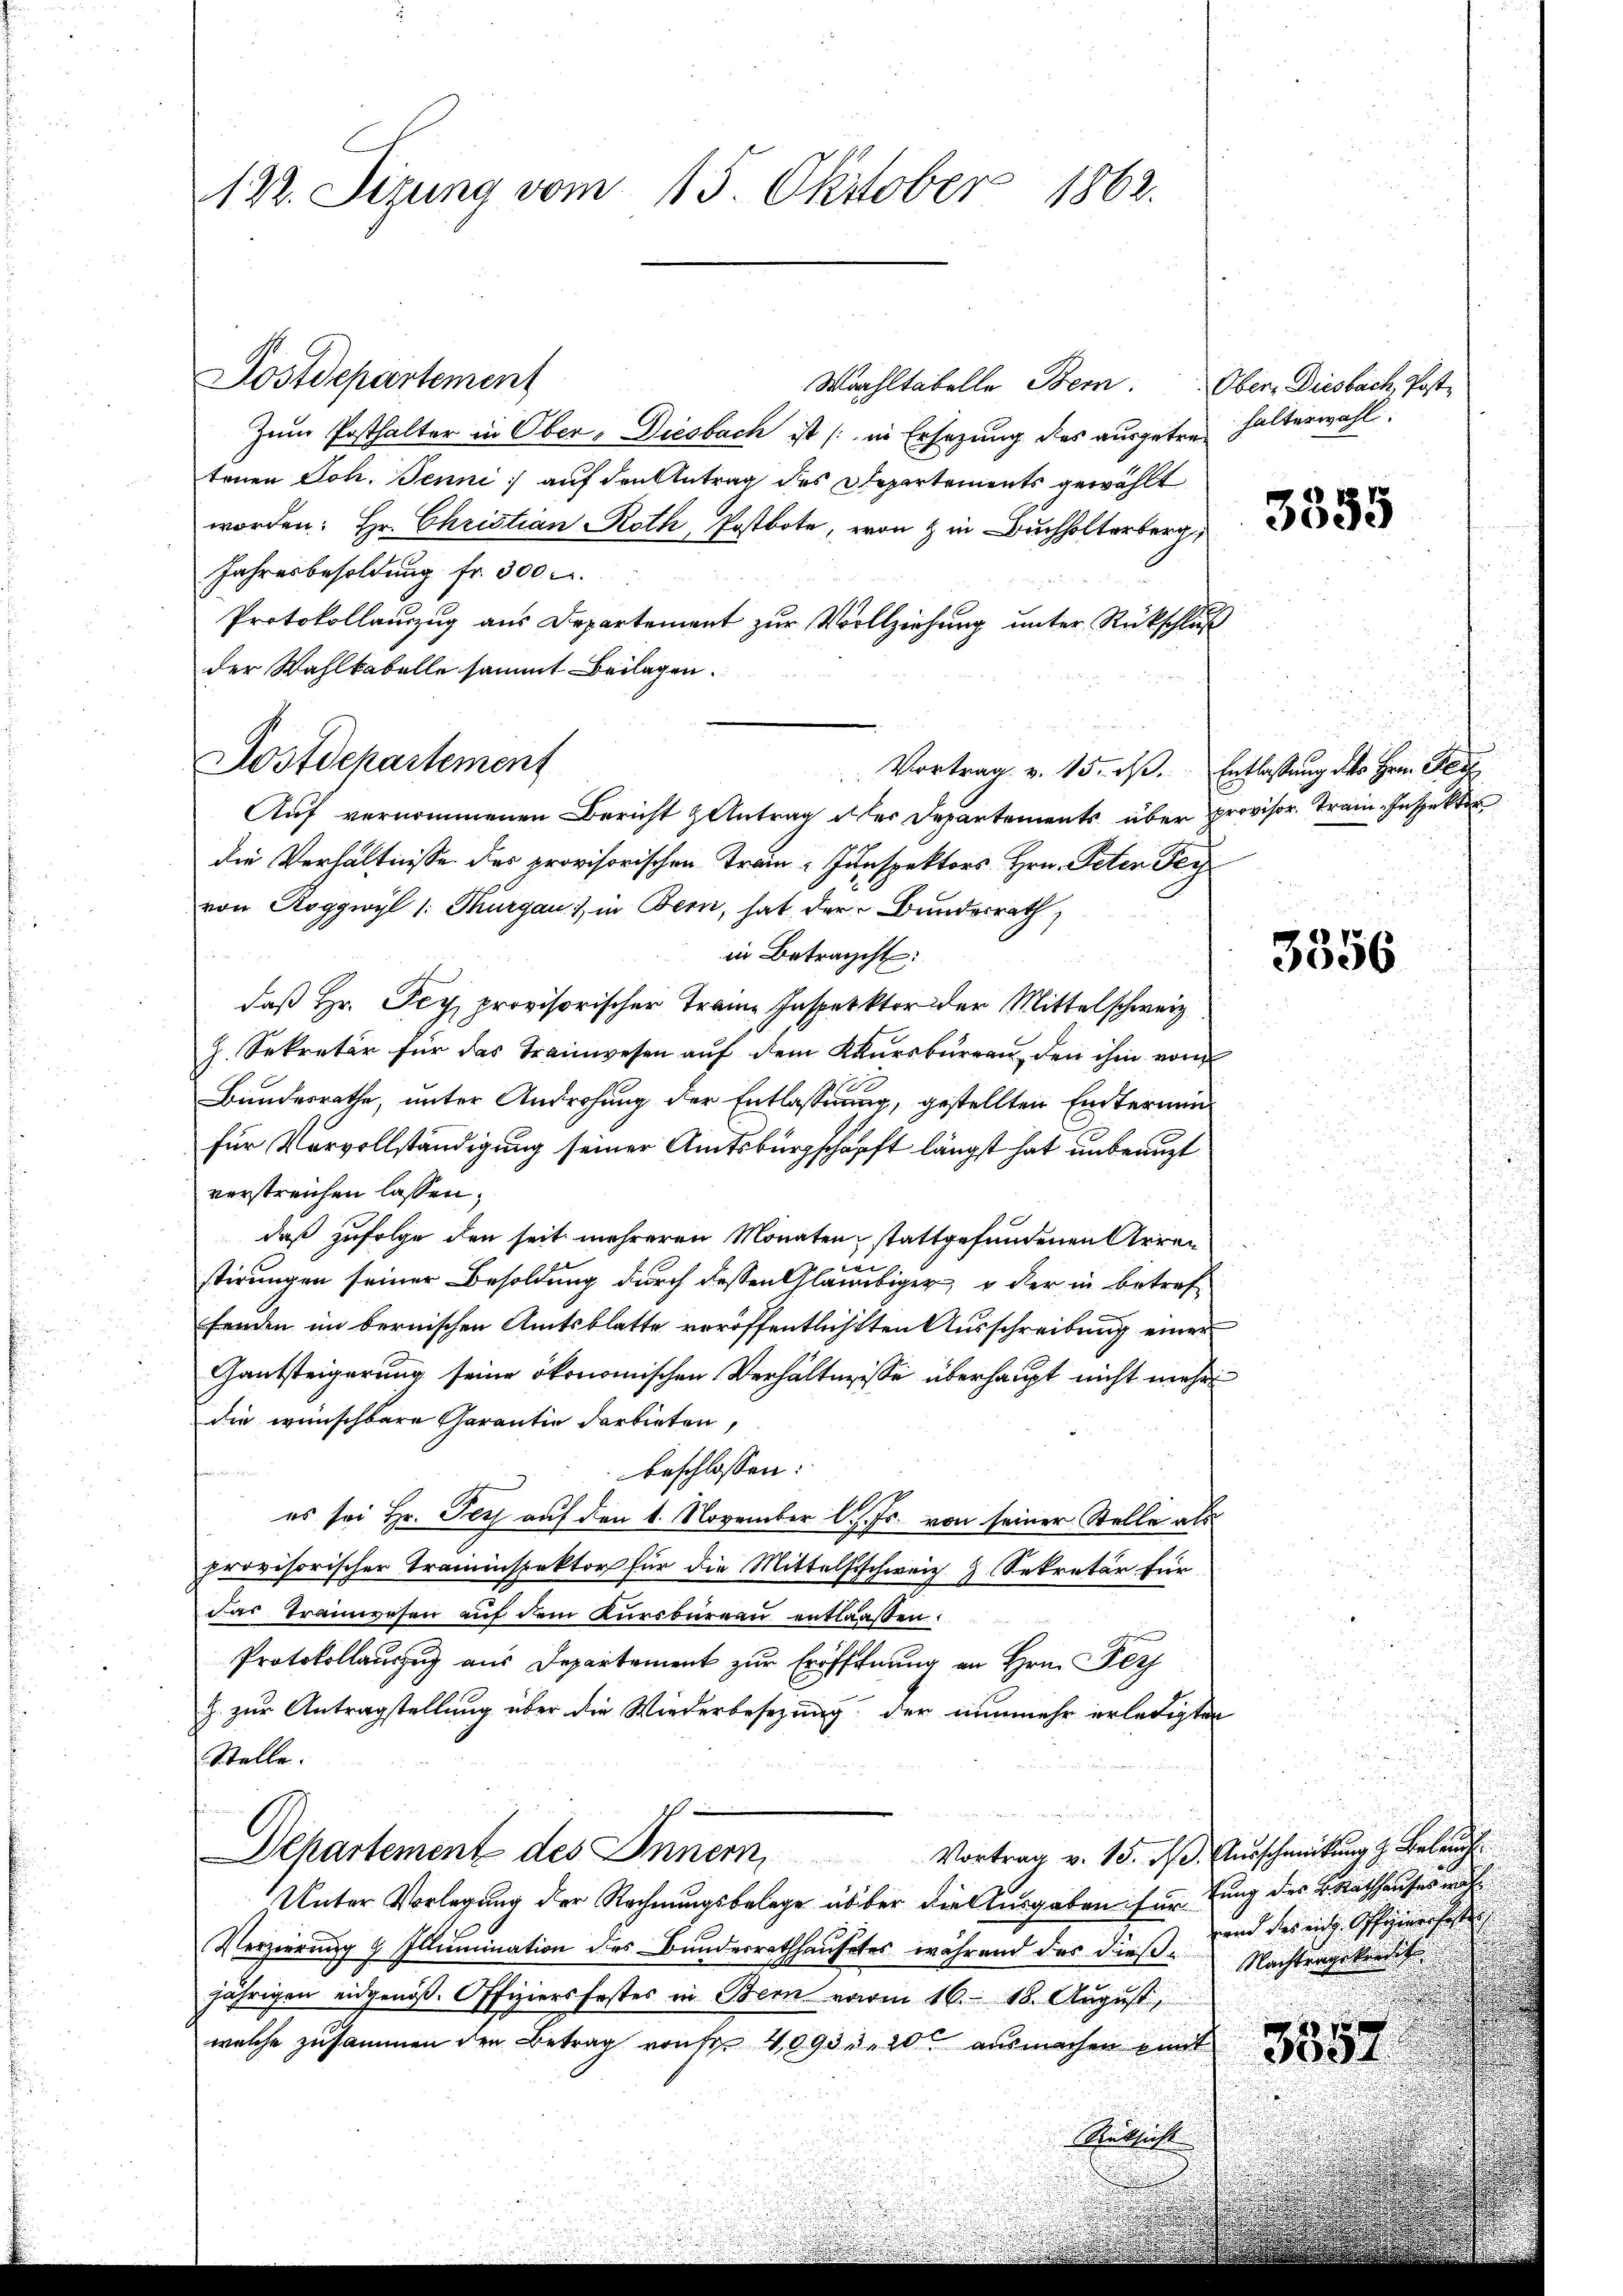
122. Sizung vom 15. Oktober 1862.

Wahltabelle Bern.
Zum Posthalter in Ober, Diesbach ist (in Ersezung des ausgetretenen Joh. Benni auf den Antrag des Departements gewählt
worden: Hr. Christian Roth, Postbote, von & in Buchholterberg,
Jahresbesoldung fr. 300.
Protokollauzug aus Departement zur Vollziehung unter Rückschluß
der Wahlkabelle sammt Beilagen.
Dostdepartement
Vortrag v. 15. ds. Entlassung des Hrn. Fer
Auf vernommenen Bericht & Antrag aller Departements über provisor Train Inspektor
die Verhältnisse des provisorischen Train-Inspektors Hrn. Peter Fey
von Roggwyl 1: Thurgau & in Bern, hat der Bundesrath,
in Betracht:
daß Hr. Pey provisorischer Trame Inspektor der Mittelschweiz.
J. Sekretär für das Trainwesen auf dem Kursbureau, den ihm vom
Bundesrathe, unter Androhung der Entlassung, gestellten Eiternun
für Vervollständigung seiner Amtsbürgschäft längst hat unbeauft
verstreichen lassen,
daß zufolge den seit mehreren Monaten, stattgefundenen Arren
2
stirungen seiner Besoldung durch dessen Gläubiger, o der in betref
fenden im bernischen Amtsblatte veröffentlichsten Ausschreibung einer
Gantsteigerung seine ökonomischen Verhältnisse überhaupt nicht mehr
die wünschbare Garantie darbieten,
beschlossen:
es sei Hr. Pey auf den 1. November l. Js. von seiner Stelle als
provisorischer Traminspektor für die Mittelfischweiz & Sekretär für
das Tramwesen auf dem Kursbureau entlassen:
Protokollauszug aus Departement zur Eröffnung an Hrn. Fer
Z. zur Antragstellung über die Wiederbesezung der nunmehr erledigten
Stelle.
Departement des Innern, Vortrag v. 15. d. Ausschmeidung z. Beleuch
Unter Vorlegung der Rechnungsbelege über die Ausgaben für tung des Kathauses mit
and das nicht. Offiziersehen
Verzierung & Illumination des Bundesrathhausetes während des dieß Nachtragskom
jährigen eidgenöß. Offiziersfestes in Bern vom 16. 18. August,
welche zusammen den Betrag von Fr. 4090 n 20 ausmachen eint
Schussicht

Postdepartement

Obers Diesbach, Posthalterwahl.

¬

3335

3356